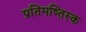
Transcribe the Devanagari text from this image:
प्रतिमष्तिस्क